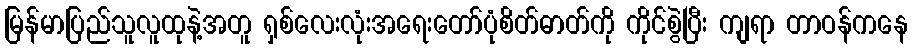
မြန်မာပြည်သူလူထုနဲ့အတူ ရှစ်လေးလုံးအရေးတော်ပုံစိတ်ဓာတ်ကို ကိုင်စွဲပြီး ကျရာ တာဝန်ကနေ